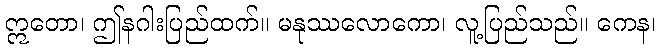
ဣတော၊ ဤနဂါးပြည်ထက်။ မနုဿလောကော၊ လူ့ပြည်သည်။ ကေန၊